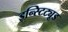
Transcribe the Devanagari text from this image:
इन्स्टिट्यूड